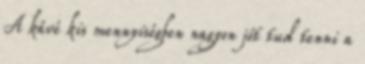
A kávé kis mennyiségben nagyon jót tud tenni a